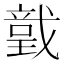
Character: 𢨅